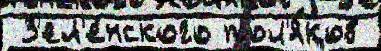
 З'ел'е́нского пол'я́ков